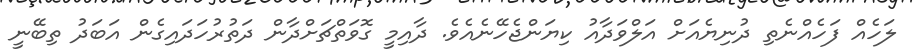
ލަހެއް ފަހެއްނެތި ދުނިޔެއަށް އަލްވަދާއު ކިޔަންޖެހޭނެއެވެ. ދާއިމީ ގޮވަތްޗަށްދާން ދަތުރުހަދައިގެން އަބަދު ތިބޭނީ